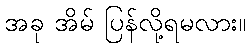
အခု အိမ် ပြန်လို့ရမလား။